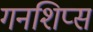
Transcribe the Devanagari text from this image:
गनशिप्स